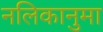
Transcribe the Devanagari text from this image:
नलिकानुमा